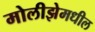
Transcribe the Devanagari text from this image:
मोलीझेमधील